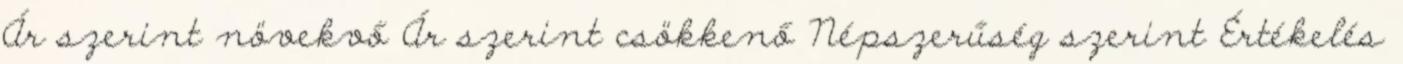
Ár szerint növekvő Ár szerint csökkenő Népszerűség szerint Értékelés